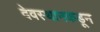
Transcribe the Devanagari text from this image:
देवस्थानकडून